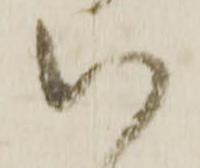
以